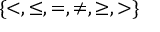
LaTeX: \{ < , \leq , = , \neq , \geq , > \}